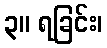
၃။ ရခြင်း၊